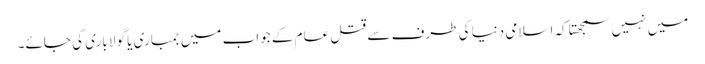
میں نہیں سمجھتا کہ اسلامی دنیا کی طرف سے قتل عام کے جواب میں بمباری یا گولا باری کی جائے۔